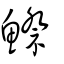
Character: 鰶